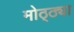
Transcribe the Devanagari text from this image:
मोठ्ठ्या